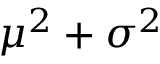
\mu ^ { 2 } + \sigma ^ { 2 }